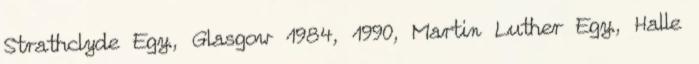
Strathclyde Egy., Glasgow 1984, 1990, Martin Luther Egy., Halle